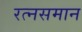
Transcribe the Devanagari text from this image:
रत्‍नसमान